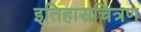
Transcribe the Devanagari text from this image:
इतिहासचित्रण